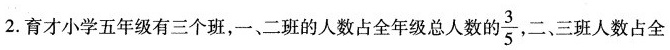
2.育才小学五年级有三个班，一二班的人数占全年级总人数的\frac{3}{5}二、三班人数占全